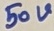
Text: 50V